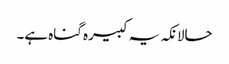
حالانکہ یہ کبیرہ گناہ ہے۔